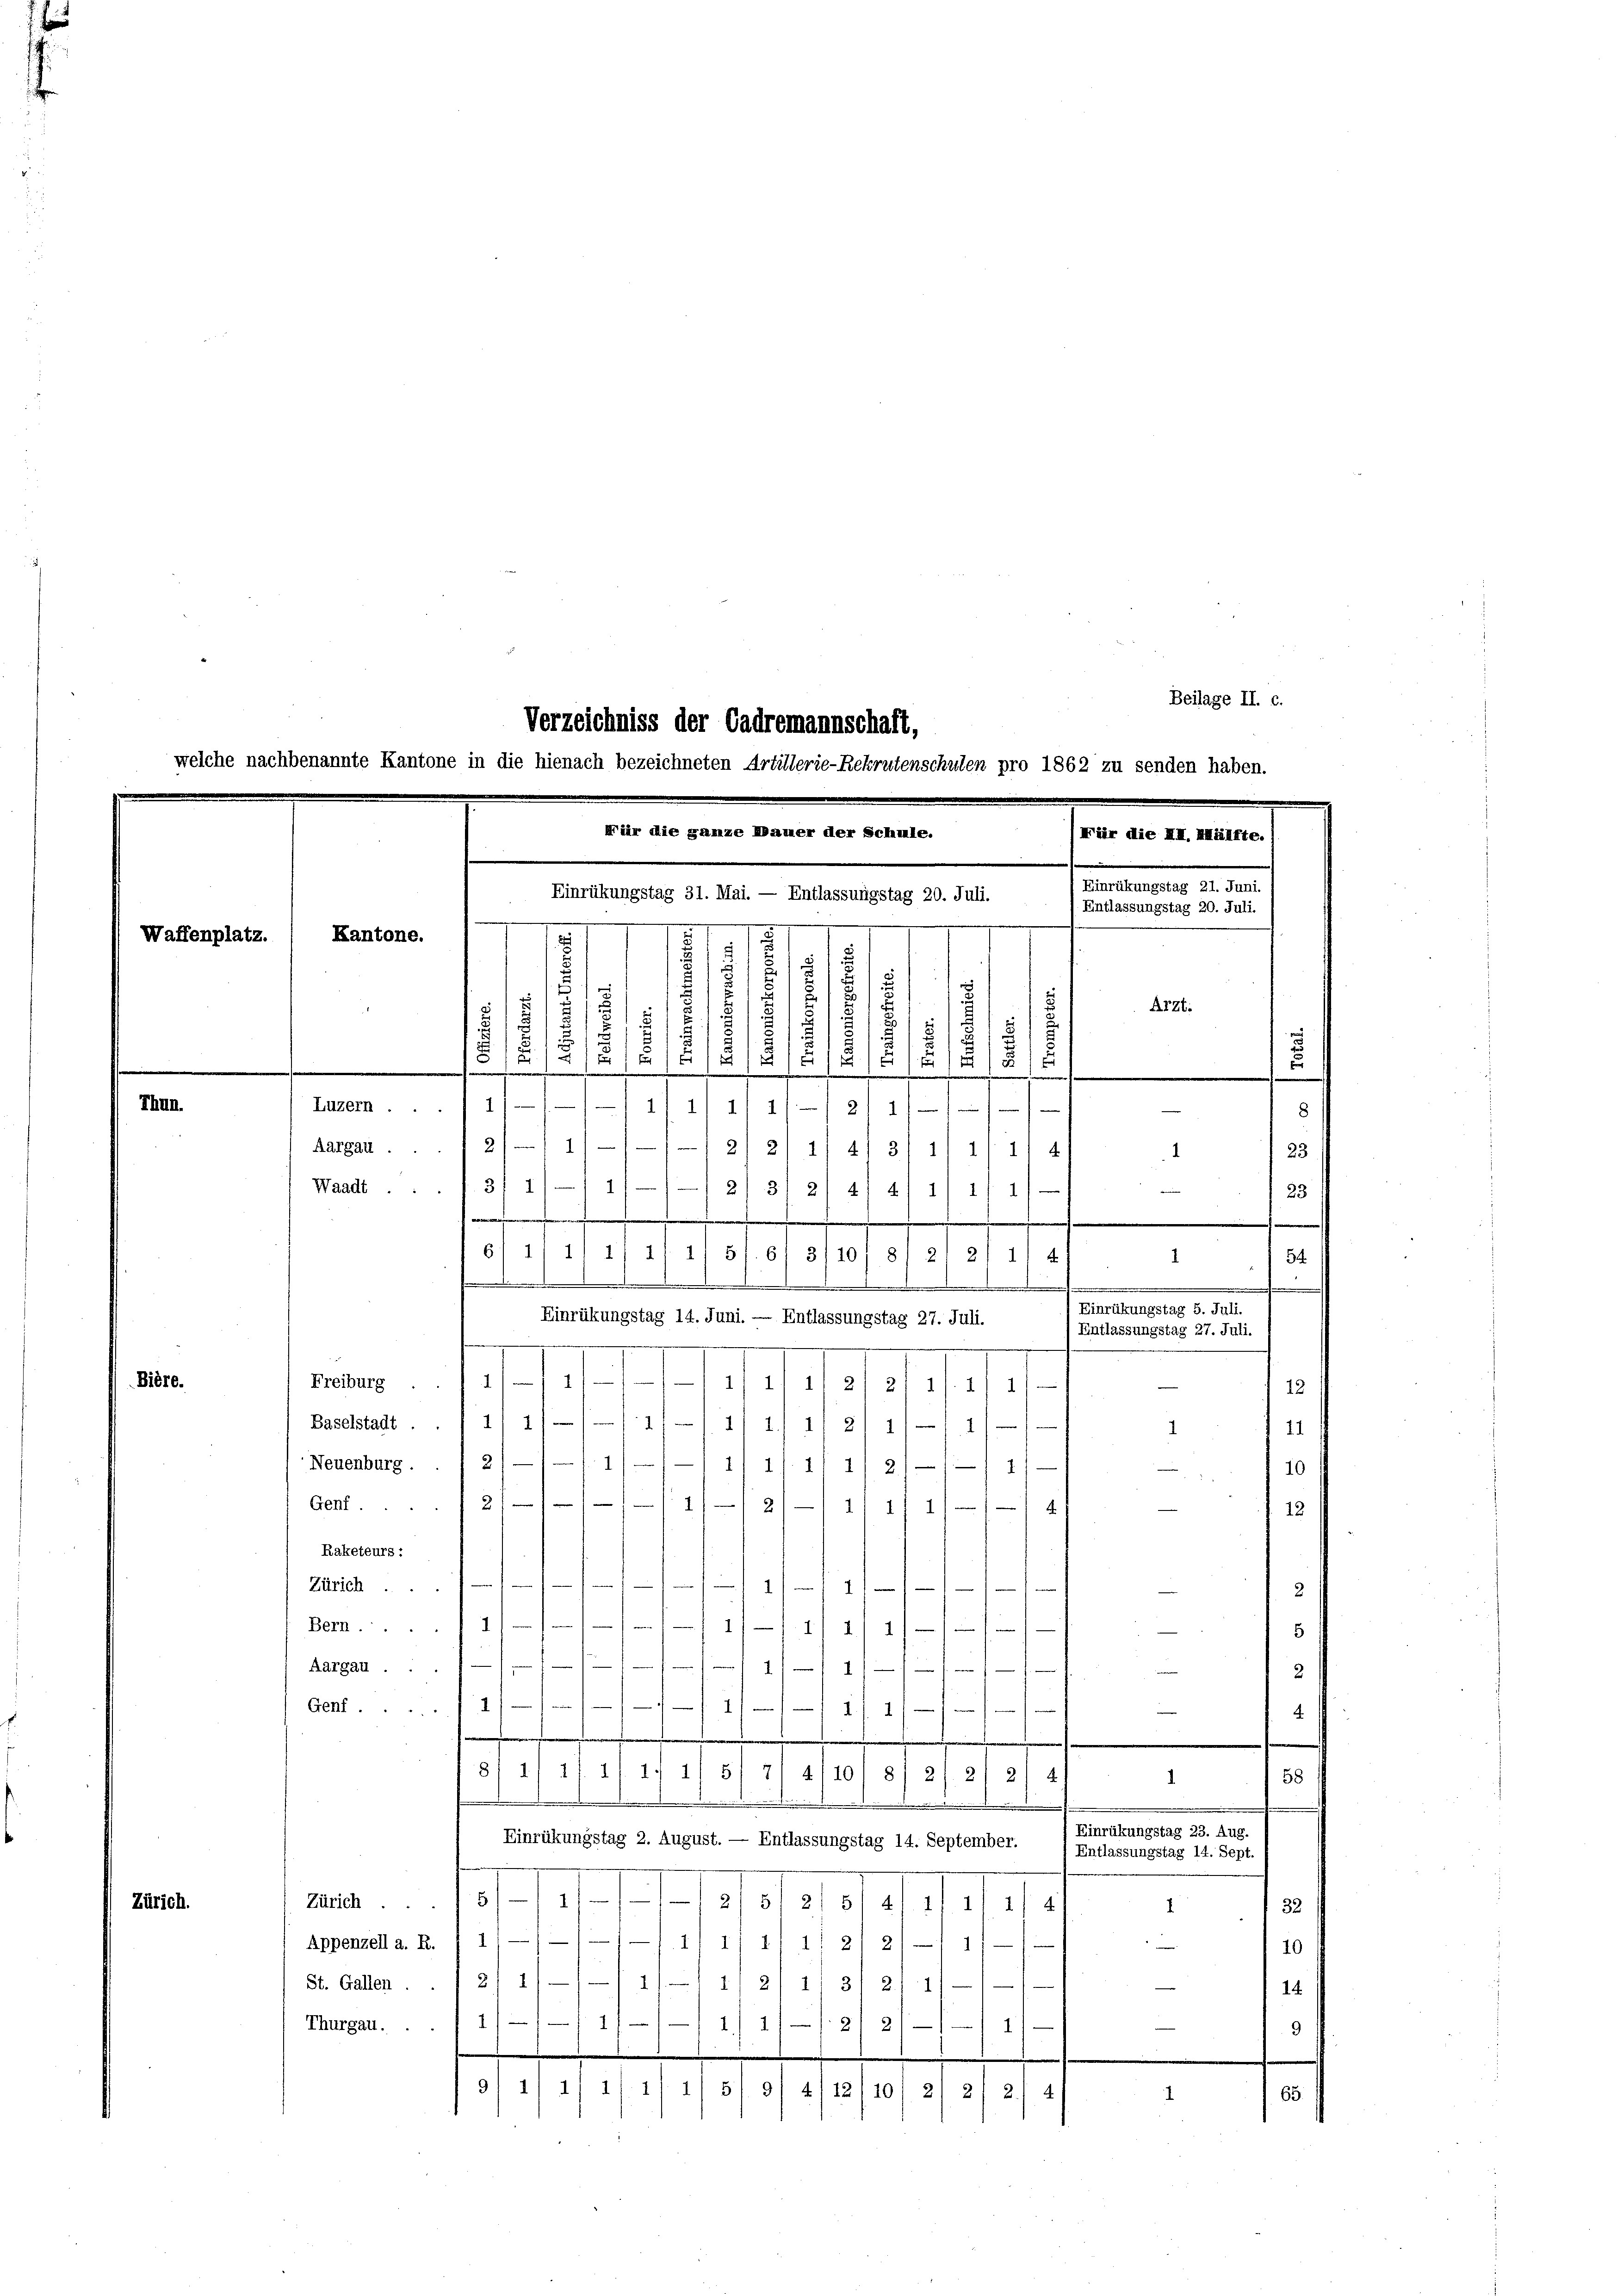
Zürich.

11
Bern.
e
2.11)
4
5
s
Aargau.
.
2
n
e
1)
Genf.
t
4./2
4
811 47. 4
1) 11 5/7/ 4110' 8/ 2/21 2/ 4)
58
1.
d
i
Einrükungstag 23. Aug.
Einrükungstag 2. August. — Entlassungstag 14. September.
Entlassungstag 14. Sept.
Zürich 5/1 11.
12/5 2/5/4/1/ 1/ 1
.1
32
Appenzell a. R. / 1
11/1/4/2/21–1 1/
10
St. Gallen . . 2) 1
82/13/ 214
14
111/11/1. 21 2/
Thurgau.  .. 1
1
9
91 11 2/ 1/1 1/31 3/ 4/12 (10/ 2/ 2f 2.
I

Beilage II. c.

Für die XII. Mälfte.)
Einrükungstag 21. Juni.
Waffenplatz.
1
s
1
.
Arzt.
1
Fenden der 22 de
.
2
8
2
2
u
1
2
5/2
5
15
5
.
¬
Thun.
111/4/11—211
Luzern ... 1

8
Aargau 2 1/
1—1212/ 1/4/ 3/ 1/1 11 4
23)
4
111 2/3
Waadt .... 3/ 1
s
4/4/ 1/1 11—
23
.
.
6) 111/ 1/ 1/ 1) 51. 6
3/10
2/2
8
4.)
1
d
 54
.
.
.
Einrükungstag 5. Juli.
Einrükungstag 14. Juni. — Entlassungstag 27. Juli.
Entlassungstag 27. Juli.
e
.
Bière.
Freiburg 111)
4/11 1/2, 2f 11. 1) 1)
12
Baselstadt . .  1/ 1/////11 1 1/211/1. 1
21
.
Neuenburg . . 1 2/—/1. 1
1111. 1 1/2 111 1
10
Genf. 2
/2/1 11 21 21
12
Raketeurs:
14
Zürich
2

Verzeichniss der Cadremannschaft,
welche nachbenannte Kantone in die hienach bezeichneten Artillerie-Rekrutenschulen pro 1862 zu senden haben.
Für die ganze Mauer der Schule.
ealten 1. 140.
). Entlassungstag 20. Juli.
.
Kantone.